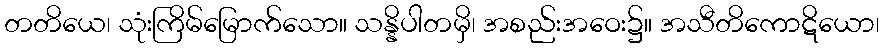
တတိယေ၊ သုံးကြိမ်မြောက်သော။ သန္နိပါတမှိ၊ အစည်းအဝေး၌။ အသီတိကောဋိယော၊